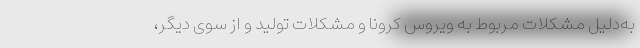
به‌دلیل مشکلات مربوط‌ به ویروس کرونا و مشکلات تولید و از سوی دیگر،